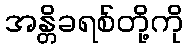
အန္တိခရစ်တို့ကို